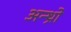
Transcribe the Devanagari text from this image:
अन्थ्रो